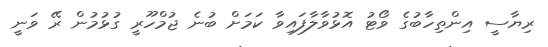
ރިޔާސީ އިންތިހާބުގެ ވޯޓު އޮޅުވާލާފައިވާ ކަމަށް ބުނެ ޖުމްހޫރީ ގުޅުމުން ރޭ ވަނީ